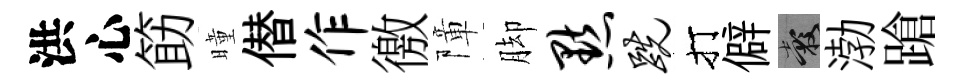
洪心筯曈僣作徼障脚默跣打僻穀渤蹌